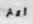
أكثر